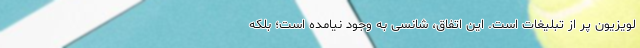
لویزیون پر از تبلیغات است. این اتفاق، شانسی به وجود نیامده است؛ بلکه